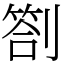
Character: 劄